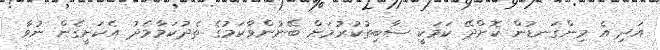
އަދި އެ މިންގަނޑުން ކޮށްދޭ ކަމަކީ ސާބިތުކުރުމަށް ބޭނުންވާކަމުގެ ތެދުކަމާމެދު އެކަށީގެން ނުވާ